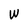
Character: W